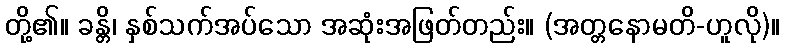
တို့၏။ ခန္တိ၊ နှစ်သက်အပ်သော အဆုံးအဖြတ်တည်း။ (အတ္တနောမတိ-ဟူလို)။